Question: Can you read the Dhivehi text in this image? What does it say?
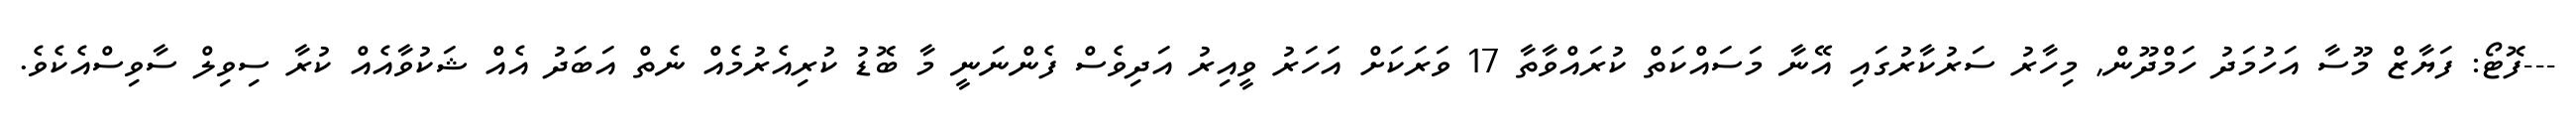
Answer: ---ފޮޓޯ: ފަޔާޒް މޫސާ އަހުމަދު ހަމްދޫން, މިހާރު ސަރުކާރުގައި އޭނާ މަސައްކަތް ކުރައްވާތާ 17 ވަރަކަށް އަހަރު ވީއިރު އަދިވެސް ފެންނަނީ މާ ބޮޑު ކުރިއެރުމެއް ނެތް އަބަދު އެއް ޝަކުވާއެއް ކުރާ ސިވިލް ސާވިސްއެކެވެ.